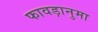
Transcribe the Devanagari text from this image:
फावड़ानुमा